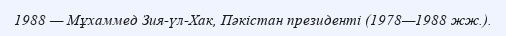
1988 — Мұхаммед Зия-үл-Хак, Пәкістан президенті (1978—1988 жж.).